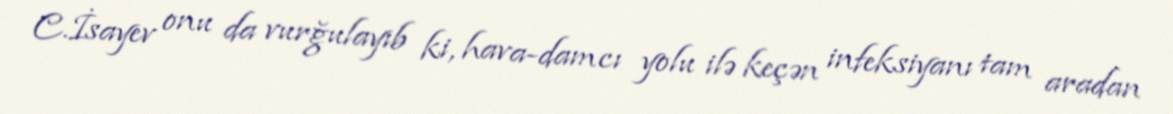
C.İsayev onu da vurğulayıb ki, hava-damcı yolu ilə keçən infeksiyanı tam aradan